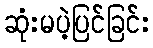
ဆုံးမပဲ့ပြင်ခြင်း